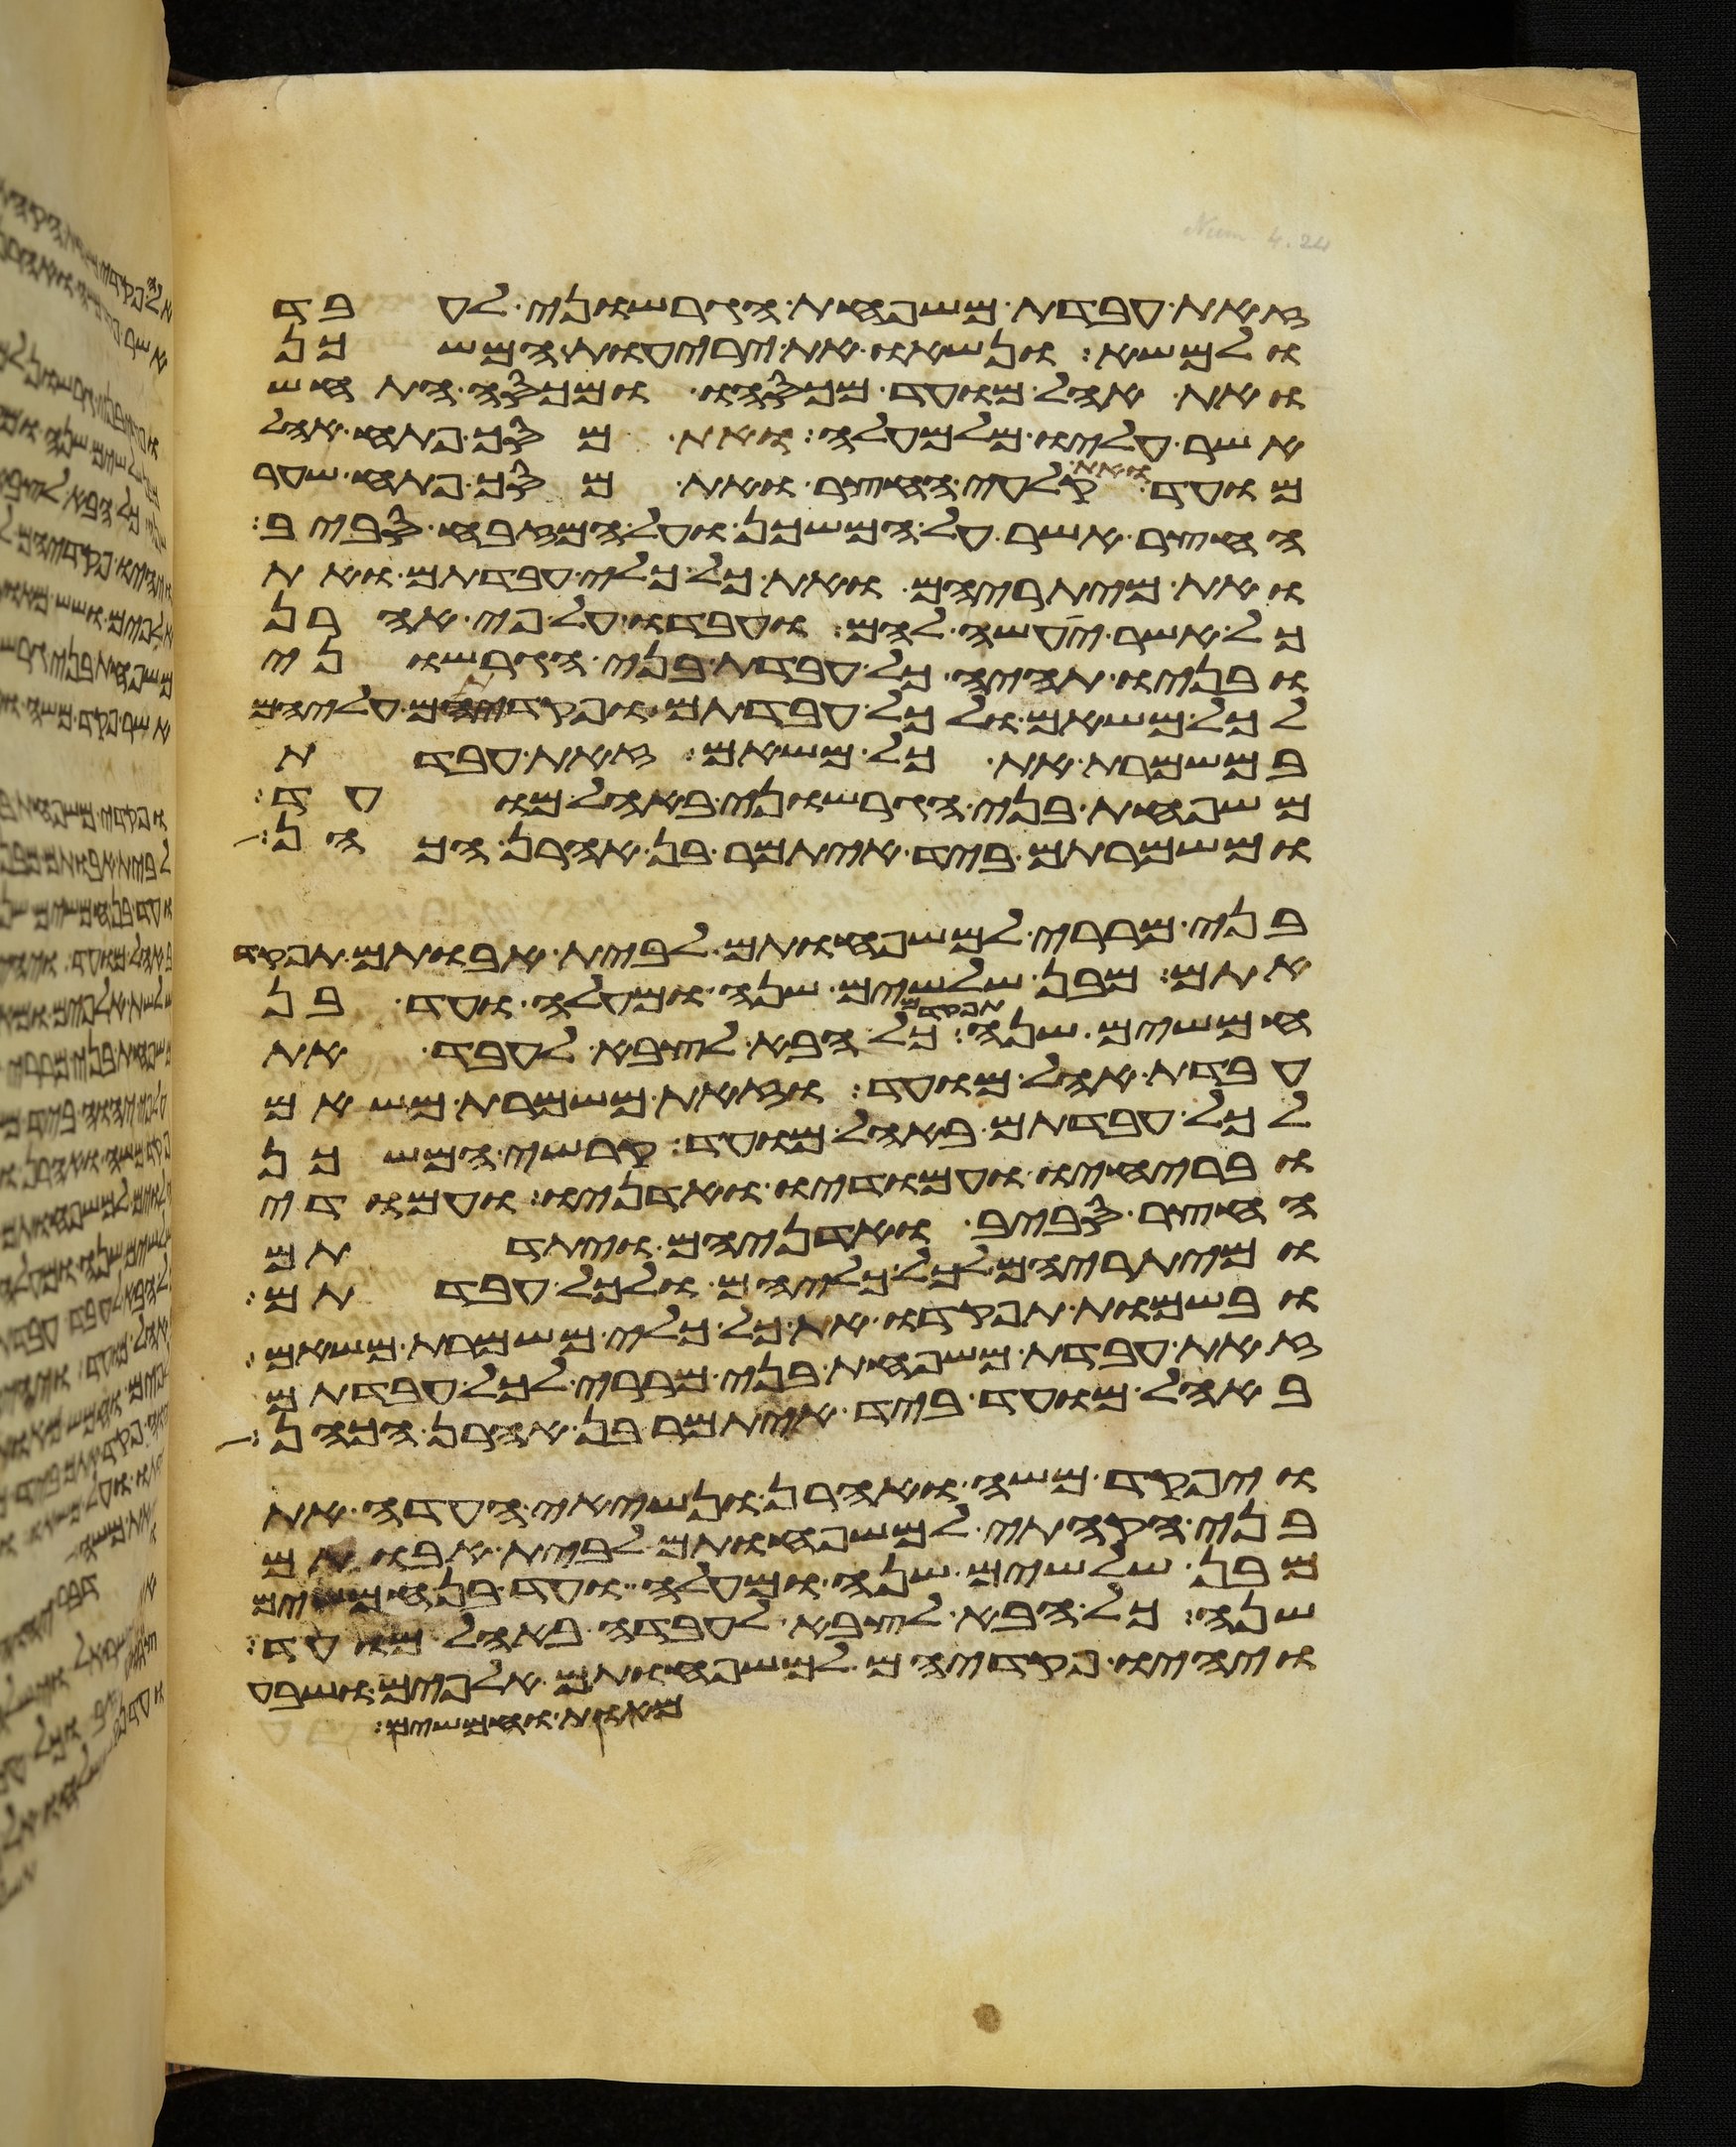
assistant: זאת עבדת משפחת הגרשוני לעבד
ולמשא ונשאו את יריעות המשכן
ואת אהל מועד מכסהו ומכסה התחש
אשר עליו מלמעלה ואת מסך פתח אהל
מועד ואת קלעי החצר ואת מסך פתח שער
החצר אשר על המשכן ועל המזבח סביב
ואת מיתריהם ואת כל כלי עבדתם ואת
כל אשר יעשה להם ועבדו על פי אהרן
ובניו תהיה כל עבדת בני הגרשוני
לכל משאם ולכל עבדתם ופקדתם עליהם
במשמרת את כל משאם זאת עבדת
משפחת בני הגרשוני באהל מועד
ומשמרתם ביד איתמר בן אהרן הכהן
בני מררי למשפחותם לבית אבותם תפקד
אתם מבן שלשים שנה ומעלה ועד בן
חמשים שנה כל הבא לצבא לעבדה
עבדת אהל מועד וזאת משמרת משאם
לכל עבדתם באהל מועד קרשי המשכן
ובריחיו ועמודיו ואדניו ועמודי
החצר סביב ואדניהם ויתדתם
ומיתריהם לכל כליהם ולכל עבדתם
ובשמות תפקדו את כל כלי משמרת משאם
זאת עבדת משפחת בני מררי לכל עבדתם
באהל מועד ביד איתמר בן אהרן הכהן
ויפקד משה ואהרן ונשיאי העדה את
בני הקהתי למשפחותם לבית אבותם
מבן שלשים שנה ומעלה ועד בן חמשים
שנה כל הבא לצבא לעבדה באהל מועד
ויהיו פקדיהם למשפחותם אלפים ושבע
מאות וחמשים